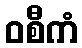
ဝစီကံ